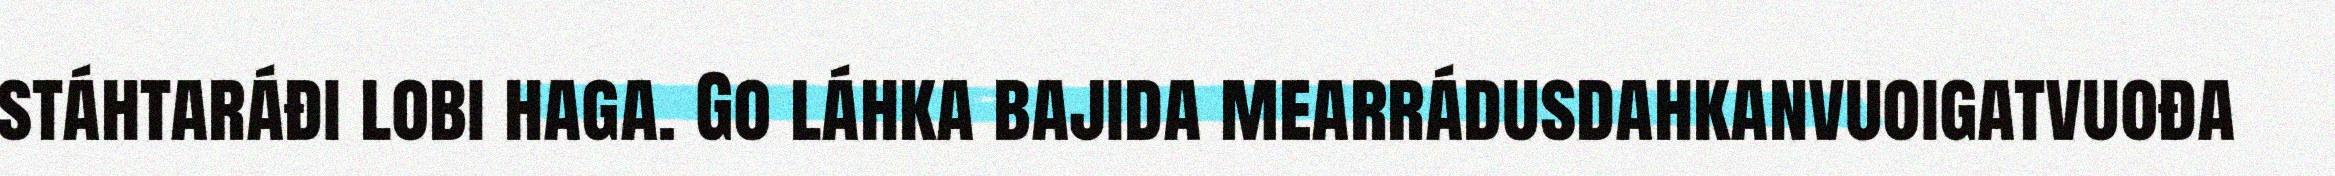
stáhtaráđi lobi haga. Go láhka bajida mearrádusdahkanvuoigatvuođa